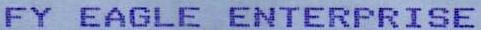
FY EAGLE ENTERPRISE